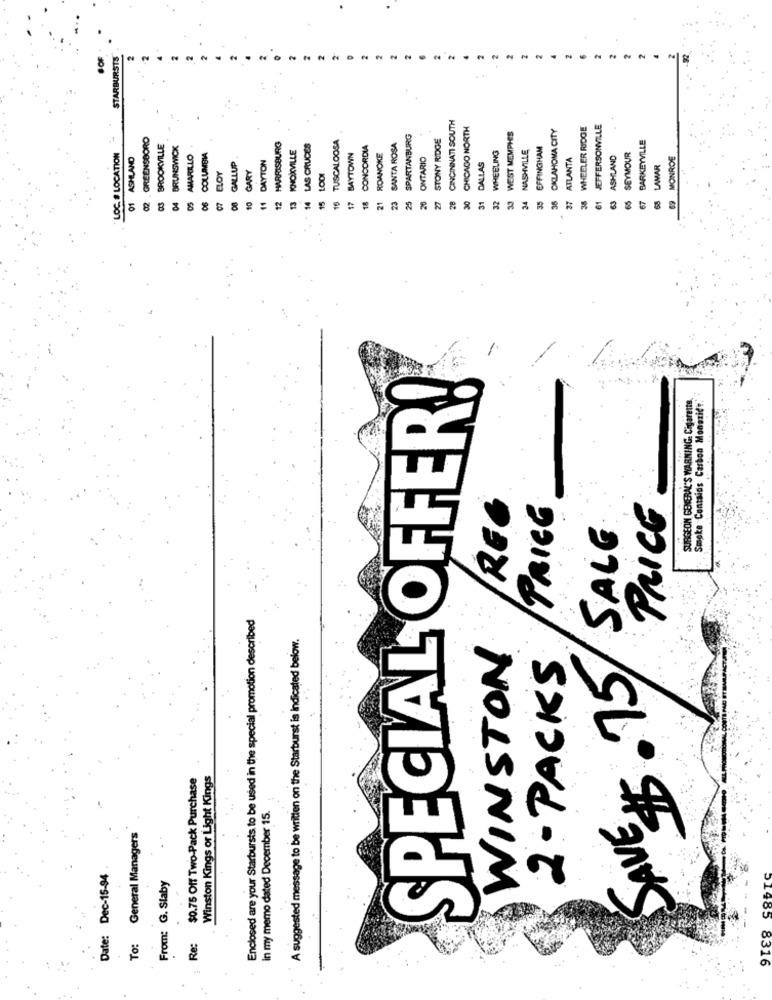
#OF
STARBURSTS
CINCINNATI SOUTH
CHICAGO NORTH
OKLAHOMA CITY
WHEELER RIDGE
JEFFERSONVILLE
02 GREENSBORO
TUSCALOOSA
SPARTANBURG
STONY RIDGE
WEST MEMPHES
BARKEYVILLE
BROOKVILLE
BRUNSWICK
HARRISBURG
LAS CRUCES
CONCORDIA
SANTA ROSA
WHEELING
NASHVILLE
EFFINGHAM
LOC. # LOCATION
01 ASHLAND
AMARILLO
COLUMBIA
DAYTON
KNOXVILLE
BAYTOWN
ROANOKE
ONTARIO
ATLANTA
ASHLAND
SEYMOUR
69 MONROE
GALLUP
DALLAS
LAMAR
ELOY
GARY
1.001
32
33
10
11
12
13
14
15
17
18
21
23
25
27
30
31
34
35
36
27
38
61
65
67
8
SPECIAL OFFER!
SURGEON GENERAL'S WARNING. Cigaretts
Smoke Contains Carbon Monoxide.
REG
PRICE
PRICE
SALE
Enclosed are your Starbursts to be used in the special promotion described
A suggested message to be written on the Starburst is indicated below.
WINSTON
SAVE $5.75/
2- PACKS
$0.75 Off Two-Pack Purchase
Winston Kings of Light Kings
in my memo dated December 15.
General Managers
Date: Dec-15-94
From: G. Slaby
To:
Re:
8316
.